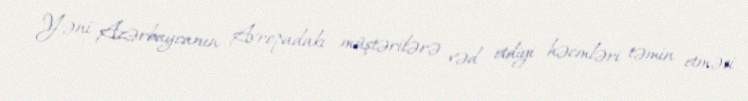
Yəni Azərbaycanın Avropadakı müştərilərə vəd etdiyi həcmləri təmin etməsi